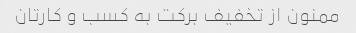
ممنون از تخفیف برکت به کسب و کارتان